Civil Veterinary Dept. Assam report 1927-50 - 1927-1950
Year: 1927
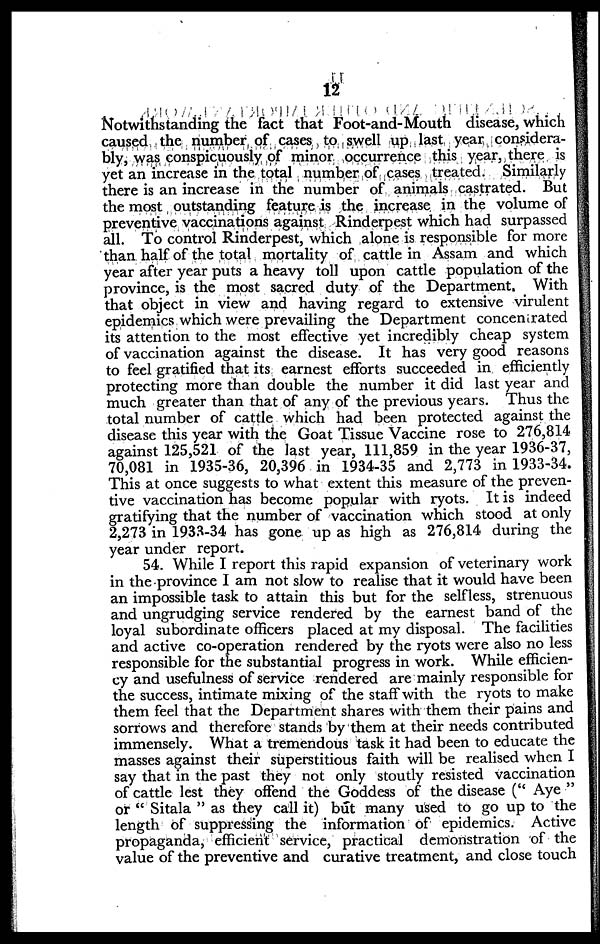
12
Notwithstanding the fact that Foot-and-Mouth disease, which
caused the number of cases to swell up last year considera-
bly, was conspicuously of minor occurrence this year, there is
yet an increase in the total number of cases treated. Similarly
there is an increase in the number of animals castrated. But
the most outstanding feature is the increase in the volume of
preventive vaccinations against Rinderpest which had surpassed
all. To control Rinderpest, which alone is responsible for more
than half of the total mortality of cattle in Assam and which
year after year puts a heavy toll upon cattle population of the
province, is the most sacred duty of the Department. With
that object in view and having regard to extensive virulent
epidemics which were prevailing the Department concern rated
its attention to the most effective yet incredibly cheap system
of vaccination against the disease. It has very good reasons
to feel gratified that its earnest efforts succeeded in efficiently
protecting more than double the number it did last year and
much greater than that of any of the previous years. Thus the
total number of cattle which had been protected against the
disease this year with the Goat Tissue Vaccine rose to 276,814
against 125,521 of the last year, 111,859 in the year 1936-37,
70,081 in 1935-36, 20,396 in 1934-35 and 2,773 in 1933-34.
This at once suggests to what extent this measure of the preven-
tive vaccination has become popular with ryots. It is indeed
gratifying that the number of vaccination which stood at only
2,273 in 1933-34 has gone up as high as 276,814 during the
year under report.
54. While I report this rapid expansion of veterinary work
in the province I am not slow to realise that it would have been
an impossible task to attain this but for the selfless, strenuous
and ungrudging service rendered by the earnest band of the
loyal subordinate officers placed at my disposal. The facilities
and active co-operation rendered by the ryots were also no less
responsible for the substantial progress in work. While efficien-
cy and usefulness of service rendered are mainly responsible for
the success, intimate mixing of the staff with the ryots to make
them feel that the Department shares with them their pains and
sorrows and therefore stands by them at their needs contributed
immensely. What a tremendous task it had been to educate the
masses against their superstitious faith will be realised when I
say that in the past they not only stoutly resisted vaccination
of cattle lest they offend the Goddess of the disease (" Aye "
or " Sitala " as they call it) but many used to go up to the
length of suppressing the information of epidemics. Active
propaganda, efficient service, practical demonstration of the
value of the preventive and curative treatment, and close touch